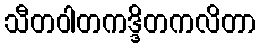
သီတဝါတကဒ္ဒိတကလိတာ